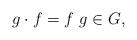
LaTeX: \begin{align*}g\cdot f=f\ g\in G,\end{align*}